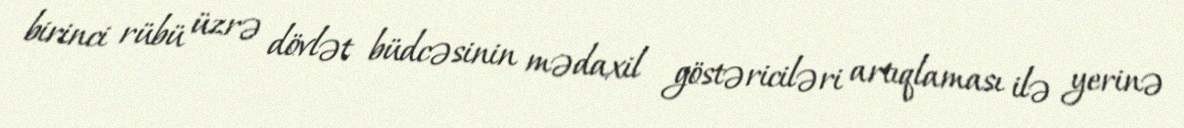
birinci rübü üzrə dövlət büdcəsinin mədaxil göstəriciləri artıqlaması ilə yerinə